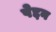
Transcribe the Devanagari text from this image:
पेद्दन